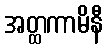
အတ္ထကာမိနီ